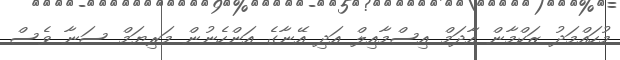
މުހައްމަދު ޒަކްމާން އާދަމް އިސްމާއިލް އަދި އޭނާގެ އަންހެނުން މަރިޔަމް ސަނާ ވެސް